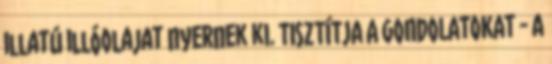
illatú illóolajat nyernek ki. TISZTÍTJA A GONDOLATOKAT - A